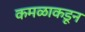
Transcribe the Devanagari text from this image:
कमळाकडून